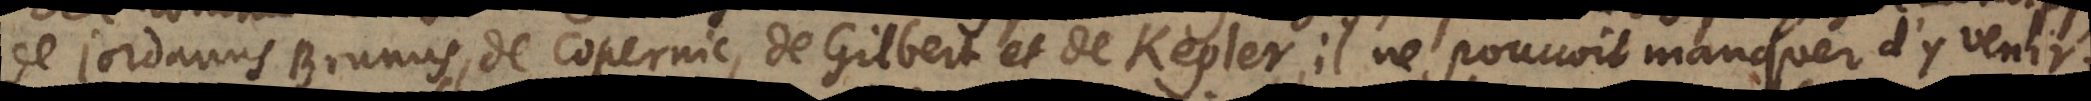
de Jordanus Brunus,de Copernic de Gilbert et de Kepler, il ne pouvoit manquer d’y venir,